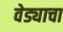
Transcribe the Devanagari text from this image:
वेड्याचा